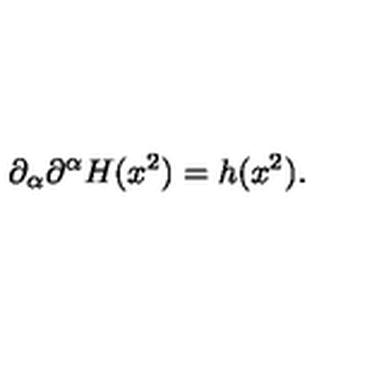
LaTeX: \partial _ { \alpha } \partial ^ { \alpha } H ( x ^ { 2 } ) = h ( x ^ { 2 } ) .